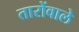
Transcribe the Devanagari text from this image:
तारोंवाले